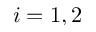
i = 1 , 2